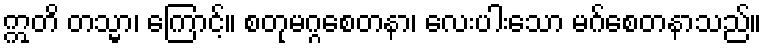
ဣတိ တသ္မာ၊ ကြောင့်။ စတုမဂ္ဂစေတနာ၊ လေးပါးသော မဂ်စေတနာသည်။